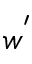
w ^ { ' }